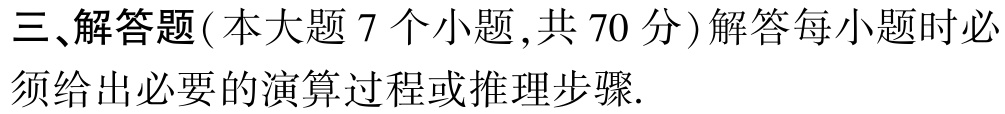
三、解答题(本大题 7 个小题 ,共 70 分)解答每小题时必须给出必要的演算过程或推理步骤.